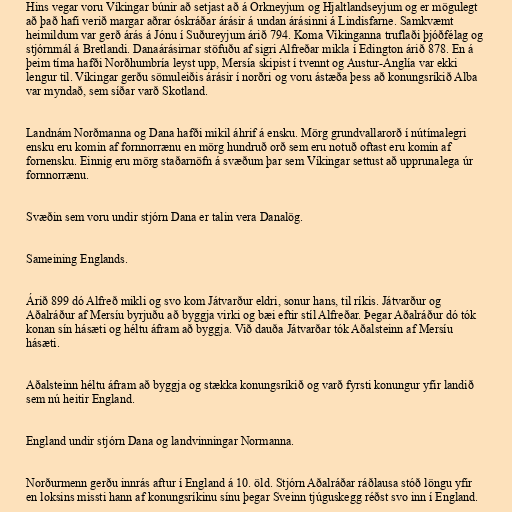
Hins vegar voru Víkingar búnir að setjast að á Orkneyjum og Hjaltlandseyjum og er mögulegt
að það hafi verið margar aðrar óskráðar árásir á undan árásinni á Lindisfarne. Samkvæmt
heimildum var gerð árás á Jónu í Suðureyjum árið 794. Koma Víkinganna truflaði þjóðfélag og
stjórnmál á Bretlandi. Danaárásirnar stöfuðu af sigri Alfreðar mikla í Edington árið 878. En á
þeim tíma hafði Norðhumbría leyst upp, Mersía skipist í tvennt og Austur-Anglía var ekki
lengur til. Víkingar gerðu sömuleiðis árásir í norðri og voru ástæða þess að konungsríkið Alba
var myndað, sem síðar varð Skotland.

Landnám Norðmanna og Dana hafði mikil áhrif á ensku. Mörg grundvallarorð í nútímalegri
ensku eru komin af fornnorrænu en mörg hundruð orð sem eru notuð oftast eru komin af
fornensku. Einnig eru mörg staðarnöfn á svæðum þar sem Víkingar settust að upprunalega úr
fornnorrænu.

Svæðin sem voru undir stjórn Dana er talin vera Danalög.

Sameining Englands.

Árið 899 dó Alfreð mikli og svo kom Játvarður eldri, sonur hans, til ríkis. Játvarður og
Aðalráður af Mersíu byrjuðu að byggja virki og bæi eftir stíl Alfreðar. Þegar Aðalráður dó tók
konan sín hásæti og héltu áfram að byggja. Við dauða Játvarðar tók Aðalsteinn af Mersíu
hásæti.

Aðalsteinn héltu áfram að byggja og stækka konungsríkið og varð fyrsti konungur yfir landið
sem nú heitir England.

England undir stjórn Dana og landvinningar Normanna.

Norðurmenn gerðu innrás aftur í England á 10. öld. Stjórn Aðalráðar ráðlausa stóð löngu yfir
en loksins missti hann af konungsríkinu sínu þegar Sveinn tjúguskegg réðst svo inn í England.